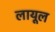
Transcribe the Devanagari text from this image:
लायूल